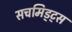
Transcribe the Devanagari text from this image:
सचमिड्ट्स